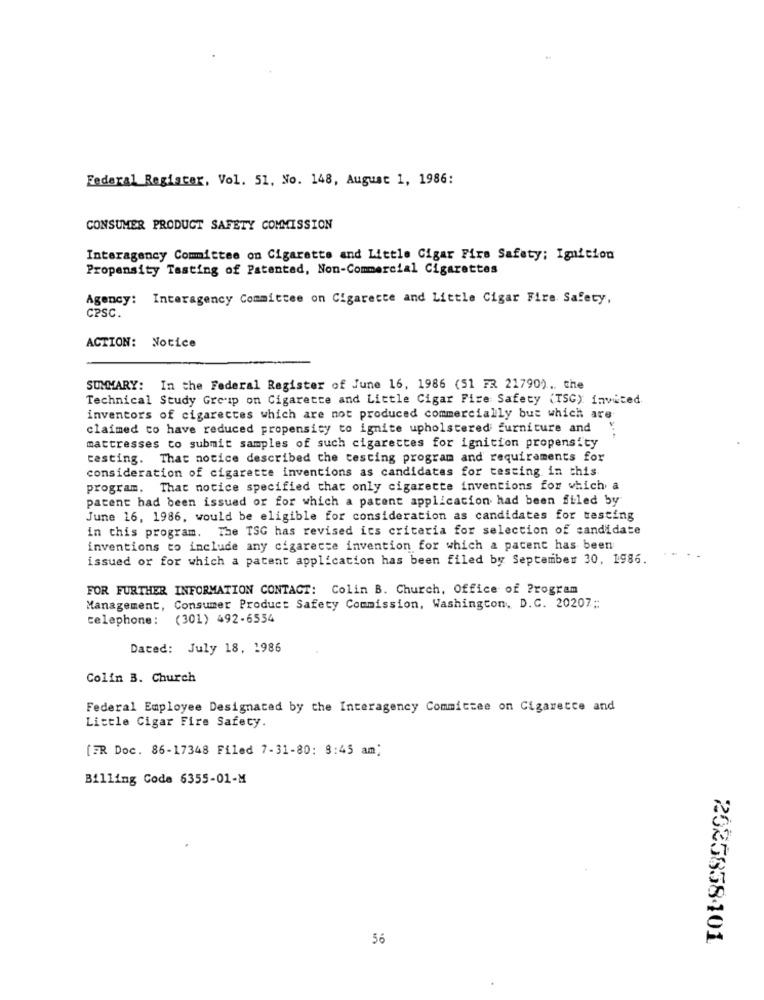
Federal Register, Vol. 51, No. 148, August 1, 1986:
CONSUMER PRODUCT SAFETY COMMISSION
Interagency Committee on Cigarette and Little Cigar Fire Safety; Ignition
Propensity Tasting of Patented, Non-Commercial Cigarettes
Agency: Interagency Committee on Cigarette and Little Cigar Fire Safety,
CPSC.
ACTION: Notice
SUMMARY: In the Federal Register of June 16, 1986 (51 FR 21790). the
Technical Study Group on Cigarette and Little Cigar Fire Safety (TSG) invited
inventors of cigarettes which are not produced commercially but which are
claimed to have reduced propensity to ignite upholstered furniture and
mattresses to submit samples of such cigarettes for ignition propensity
testing. That notice described the testing program and requirements for
consideration of cigarette inventions as candidates for testing in this
program. That notice specified that only cigarette inventions for which a
patent had been issued or for which a patent application had been filed by
June 16, 1986, would be eligible for consideration as candidates for testing
in this program. The TSG has revised its criteria for selection of candidate
inventions to include any cigarette invention for which a pacent has been
issued or for which a patent application has been filed by September 30, 1986.
FOR FURTHER INFORMATION CONTACT: Colin B. Church, Office of Program
Management, Consumer Product Safety Commission, Washington, D.C. 20207 ;:
telephone: (301) 492-6554
Dated: July 18, 1986
Colin B. Church
Federal Employee Designated by the Interagency Committee on Cigaretce and
Little Cigar Fire Safety.
[ER Doc. 86-17348 Filed 7-31-80: 8:45 am)
Billing Code 6355-01-M
56
2025838401